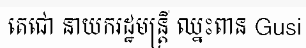
តេជោ នាយករដ្ឋមន្ត្រី ឈ្នះពាន Gusi